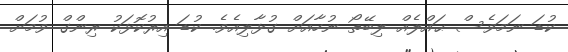
ކުޑަ ނަމަވެސް ޙައްލެއް ލިބޭތޯ ނުހާއަށް ގުޅާލިއެވެ. ކުޑަ އިރުކޮޅަކު ރިންގް ވުމަށް